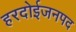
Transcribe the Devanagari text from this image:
हरदोईजनपद